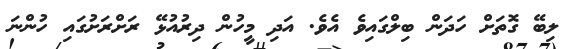
ލިބޭ ގޮތަށް ހަދަން ބިލްގައިވެ އެވެ. އަދި މީހުން ދިރުއުޅޭ ރަށްރަށުގައި ހުންނަ